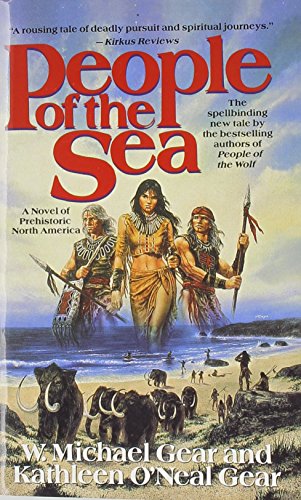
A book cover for People of the Sea (The First North Americans series, Book 5); W. Michael Gear; Literature & Fiction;